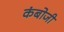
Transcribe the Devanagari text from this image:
कंबोजी